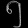
Digit: ၅